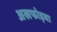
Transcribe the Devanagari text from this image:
अखफोड़वा